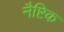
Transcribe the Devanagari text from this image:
नैष्टिक